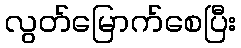
လွတ်မြောက်စေပြီး